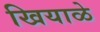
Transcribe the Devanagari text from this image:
खियाळे